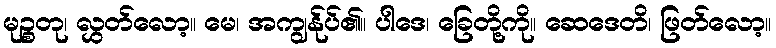
မုဉ္စတု၊ လွှတ်လော့။ မေ၊ အကျွန်ုပ်၏။ ပါဒေ၊ ခြေတို့ကို။ ဆေဒေတိ၊ ဖြတ်လော့။